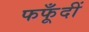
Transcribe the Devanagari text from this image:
फफूँदीं